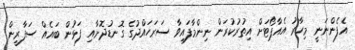
އެފެންނަނީ މިހާރު އެއާޕޯޓަށް އިތުރުކުރަން ނިންމާފައިވާ ސަރަހައްދުގެ ގޮނޑުދޮށާއި ފަޅުން ބައެއް ސަފާރީން